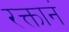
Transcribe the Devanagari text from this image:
रक्तानं